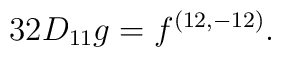
{32 D_{11} g =  f^{(12,-12)}.}